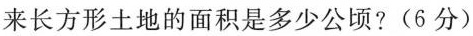
来长方形土地的面积是多少公顷? (6分)